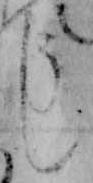
し